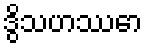
ဒွိသဟဿော